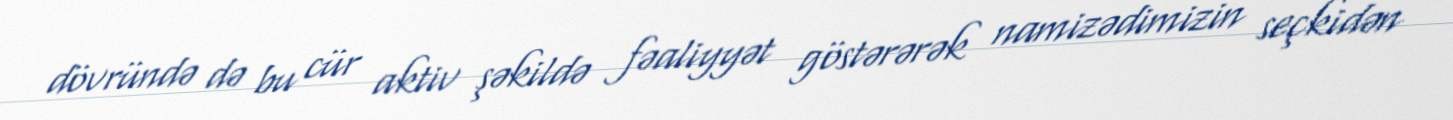
dövründə də bu cür aktiv şəkildə fəaliyyət göstərərək namizədimizin seçkidən